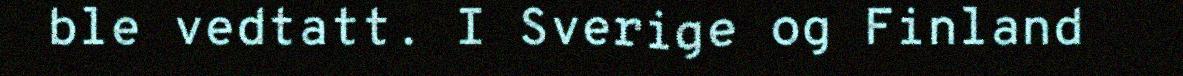
ble vedtatt. I Sverige og Finland